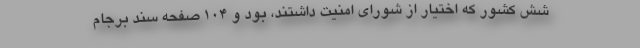
شش کشور که اختیار از شورای امنیت داشتند، بود و ۱۰۴ صفحه سند برجام